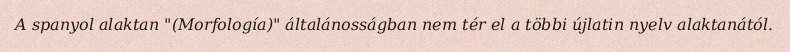
A spanyol alaktan "(Morfología)" általánosságban nem tér el a többi újlatin nyelv alaktanától.